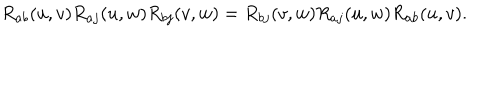
LaTeX: R _ { a b } ( u , v ) R _ { a j } ( u , w ) R _ { b j } ( v , w ) = R _ { b j } ( v , w ) R _ { a j } ( u , w ) R _ { a b } ( u , v ) .